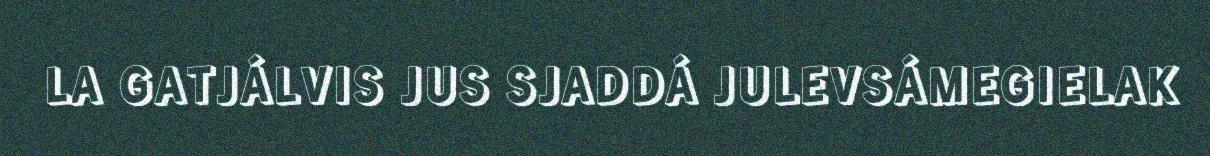
LA GATJÁLVIS JUS SJADDÁ JULEVSÁMEGIELAK